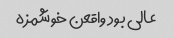
عالی بود واقعن خوشمزه